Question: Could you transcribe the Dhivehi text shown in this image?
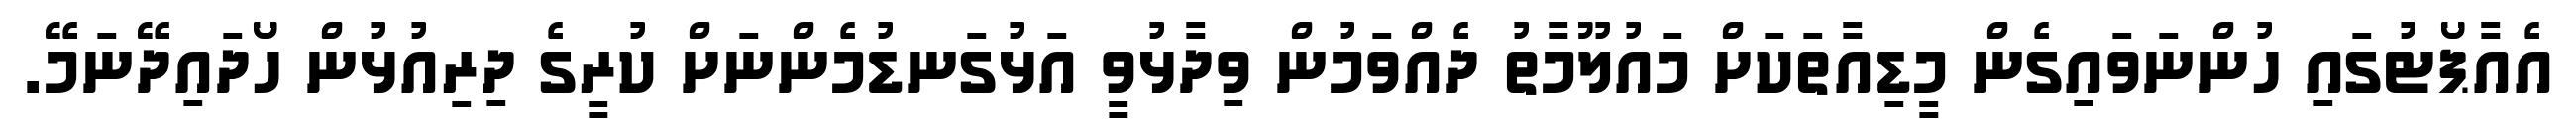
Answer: އެއާޕޯޓުގައި ހުންނަވައިގެން މީޑިއާތަކަށް މައުލޫމާތު ދެއްވަމުން ވިދާޅުވީ އަޅުގަނޑުމެންނަށް ކުރީގެ ދިރިއުޅުން ހޯދައިދޭނަމޭ.